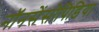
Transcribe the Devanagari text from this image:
नॉनसेंसोपिडिया